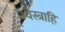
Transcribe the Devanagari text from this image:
भ्यस्त्राहि